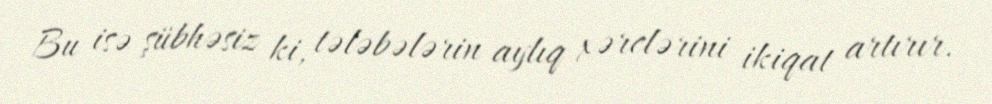
Bu isə şübhəsiz ki, tələbələrin aylıq xərclərini ikiqat artırır.